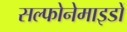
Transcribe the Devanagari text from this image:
सल्फोनेमाइडों